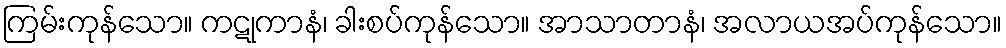
ကြမ်းကုန်သော။ ကဋုကာနံ၊ ခါးစပ်ကုန်သော။ အာသာတာနံ၊ အလာယအပ်ကုန်သော။